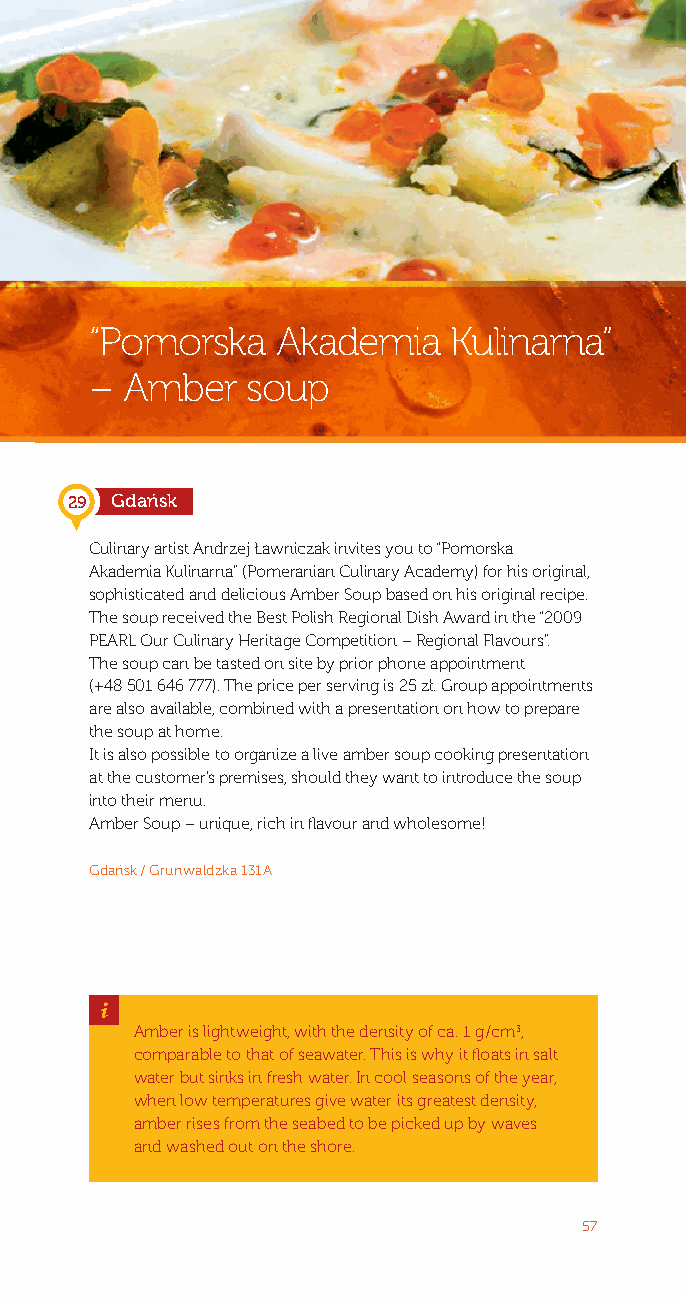
“Pomorska   Akademia    Kulinarna”
 – Amber   soup
 29 Gdańsk
 Culinary artist Andrzej Ławniczak invites you to “Pomorska
 Akademia Kulinarna” (Pomeranian Culinary Academy) for his original,
 sophisticated and delicious Amber Soup based on his original recipe.
 The soup received the Best Polish Regional Dish Award in the “2009
 PEARL Our Culinary Heritage Competition – Regional Flavours”.
 The soup can be tasted on site by prior phone appointment
 (+48 501 646 777). The price per serving is 25 zł. Group appointments
 are also available, combined with a presentation on how to prepare
 the soup at home.
 It is also possible to organize a live amber soup cooking presentation
 at the customer’s premises, should they want to introduce the soup
 into their menu.
 Amber Soup – unique, rich in flavour and wholesome!
 Gdańsk / Grunwaldzka 131 A
 _
 Amber is lightweight, with the density of ca. 1 g / cm3,
 comparable to that of seawater. This is why it floats in salt
 water but sinks in fresh water. In cool seasons of the year,
 when low temperatures give water its greatest density,
 amber rises from the seabed to be picked up by waves
 and washed out on the shore.
 57